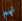
نهم